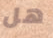
هل